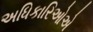
અધિકારિઓએ